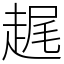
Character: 趘